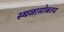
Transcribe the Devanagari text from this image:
स्थळासोबतच